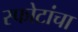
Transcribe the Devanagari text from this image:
स्फोटांचा